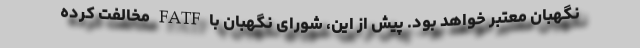
نگهبان معتبر خواهد بود. پیش از این، شورای نگهبان با FATF مخالفت کرده